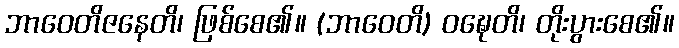
ဘာဝေတိဇနေတိ၊ ဖြစ်စေ၏။ (ဘာဝေတိ) ဝဍ္ဎေတိ၊ တိုးပွားစေ၏။